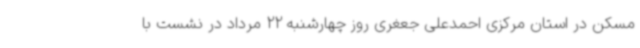
مسکن در استان مرکزی احمدعلی جعغری روز چهارشنبه 22 مرداد در نشست با